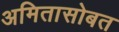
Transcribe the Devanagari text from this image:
अमितासोबत